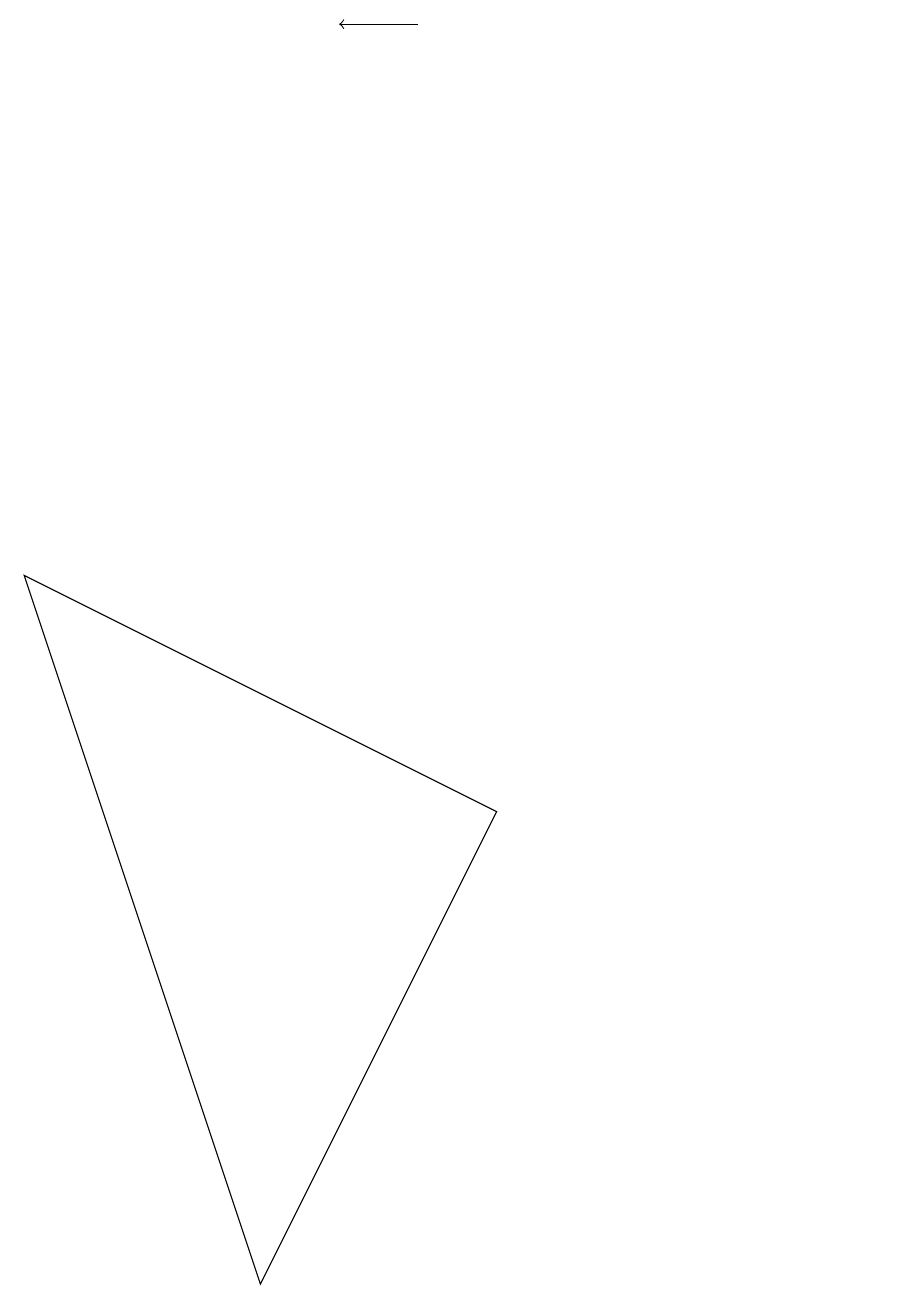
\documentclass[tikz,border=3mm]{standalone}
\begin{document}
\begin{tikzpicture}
\draw (12,11) circle (0);
\draw (1,9) -- (7,6) -- (4,0) -- cycle;
\draw[->] (6,16) -- (5,16);
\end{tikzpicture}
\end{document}